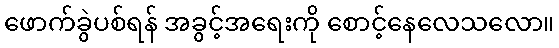
ဖောက်ခွဲပစ်ရန် အခွင့်အရေးကို စောင့်နေလေသလော။